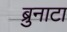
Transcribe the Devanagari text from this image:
ब्रुनाटा